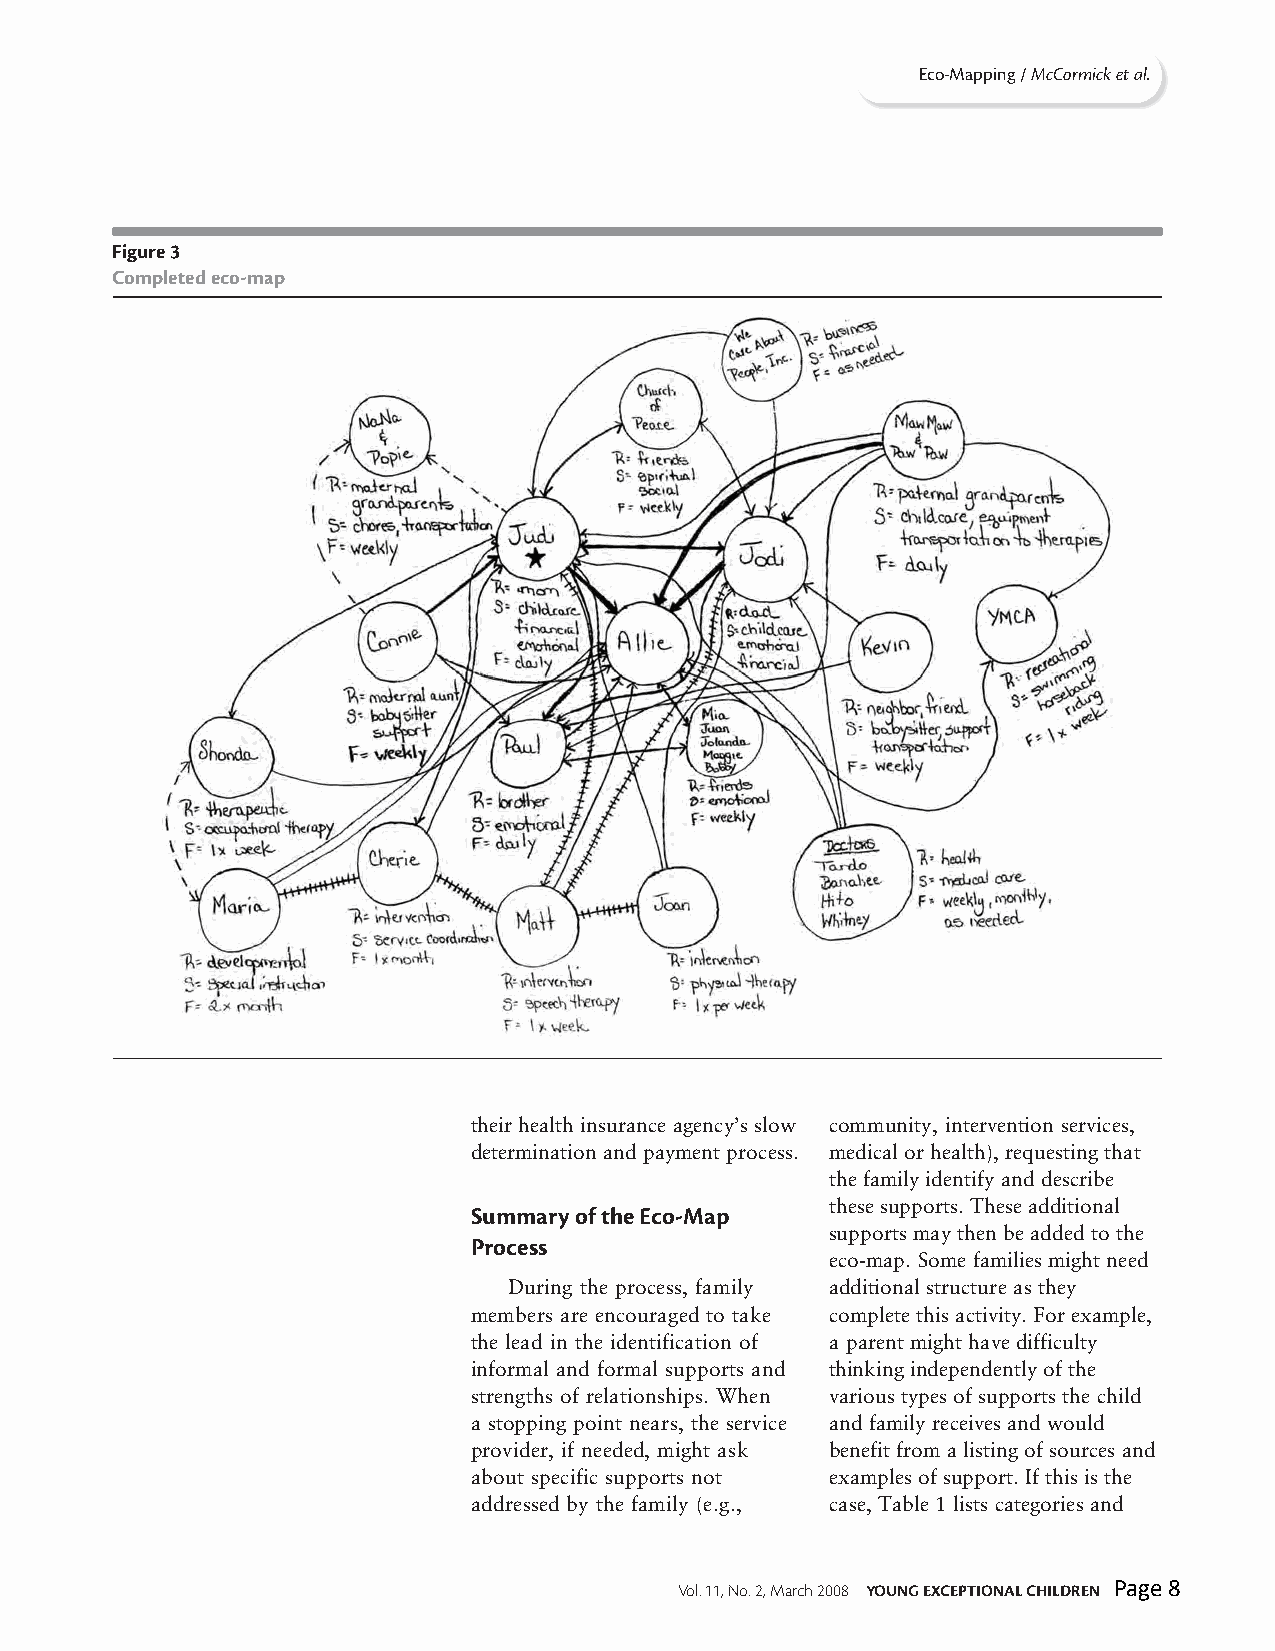
Eco-Mapping / McCormick et al.
 Figure 3
 Completed eco-map
 their health insurance agency’s slow community, intervention services,
 determination and payment process. medical or health), requesting that
 the family identify and describe
 these supports. These additional
 Summary of the Eco-Map
 supports may then be added to the
 Process
 eco-map. Some families might need
 During the process, family additional structure as they
 members are encouraged to take complete this activity. For example,
 the lead in the identification of a parent might have difficulty
 informal and formal supports and thinking independently of the
 strengths of relationships. When various types of supports the child
 a stopping point nears, the service and family receives and would
 provider, if needed, might ask benefit from a listing of sources and
 about specific supports not examples of support. If this is the
 addressed by the family (e.g., case, Table 1 lists categories and
 Vol. 11, No. 2, March 2008 YOUNG EXCEPTIONAL CHILDREN Page 8